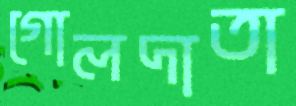
গোলদাতা